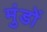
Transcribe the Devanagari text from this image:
मुंडों